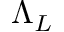
\Lambda _ { L }